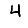
Digit: 4